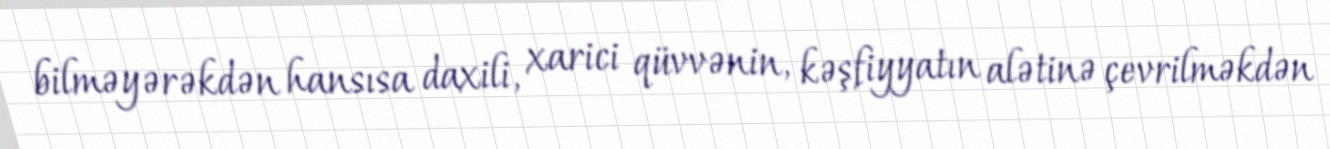
bilməyərəkdən hansısa daxili, xarici qüvvənin, kəşfiyyatın alətinə çevrilməkdən